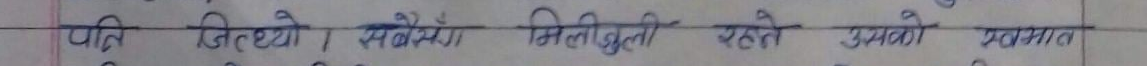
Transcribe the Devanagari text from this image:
पनि जित्यो। संगै मिलीजुली रहले उसको ख्याल